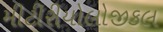
મીટીરીયોલોજીકલ